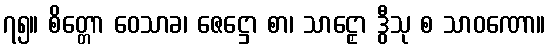
၇၅။ စိတ္တော ဝေသာခ၊ ဇေဋ္ဌော စာ၊ သာဠှော ဒွီသု စ သာဝဏော။